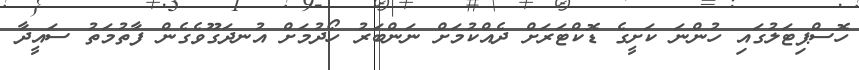
ހޮސްޕިޓަލުގައި ހުންނަ ކަށީގެ ޑޮކްޓަރަށް ދެއްކުމަށް ނަންބަރު ހޯދުމަށް އުނދަގޫވެގެން ފާތުމަތު ސައީދާ